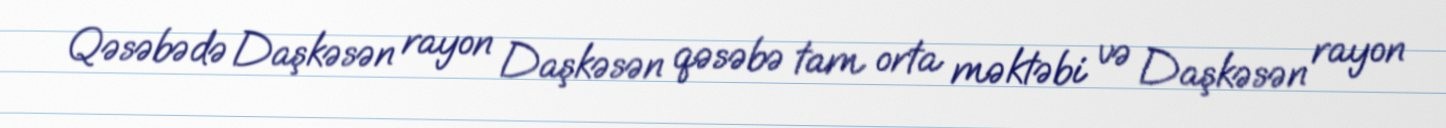
Qəsəbədə Daşkəsən rayon Daşkəsən qəsəbə tam orta məktəbi və Daşkəsən rayon